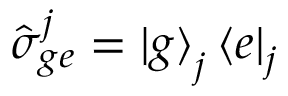
\hat { \sigma } _ { g e } ^ { j } = \mathinner { | { g } \rangle } _ { j } \mathinner { \langle { e } | } _ { j }